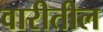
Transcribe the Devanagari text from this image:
वारीतील